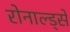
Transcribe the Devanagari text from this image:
रोनाल्ड्से